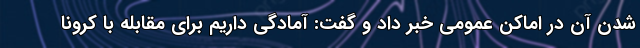
شدن آن در اماکن عمومی خبر داد و گفت: آمادگی داریم برای مقابله با کرونا